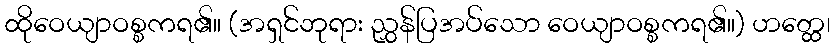
ထိုဝေယျာဝစ္စကရ၏။ (အရှင်ဘုရား ညွှန်ပြအပ်သော ဝေယျာဝစ္စကရ၏။) ဟတ္ထေ၊